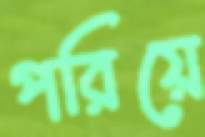
পরিয়ে